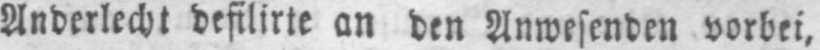
Anderlecht defilirte an den Anwesenden vorbei,